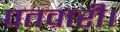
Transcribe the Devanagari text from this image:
पतवारी।